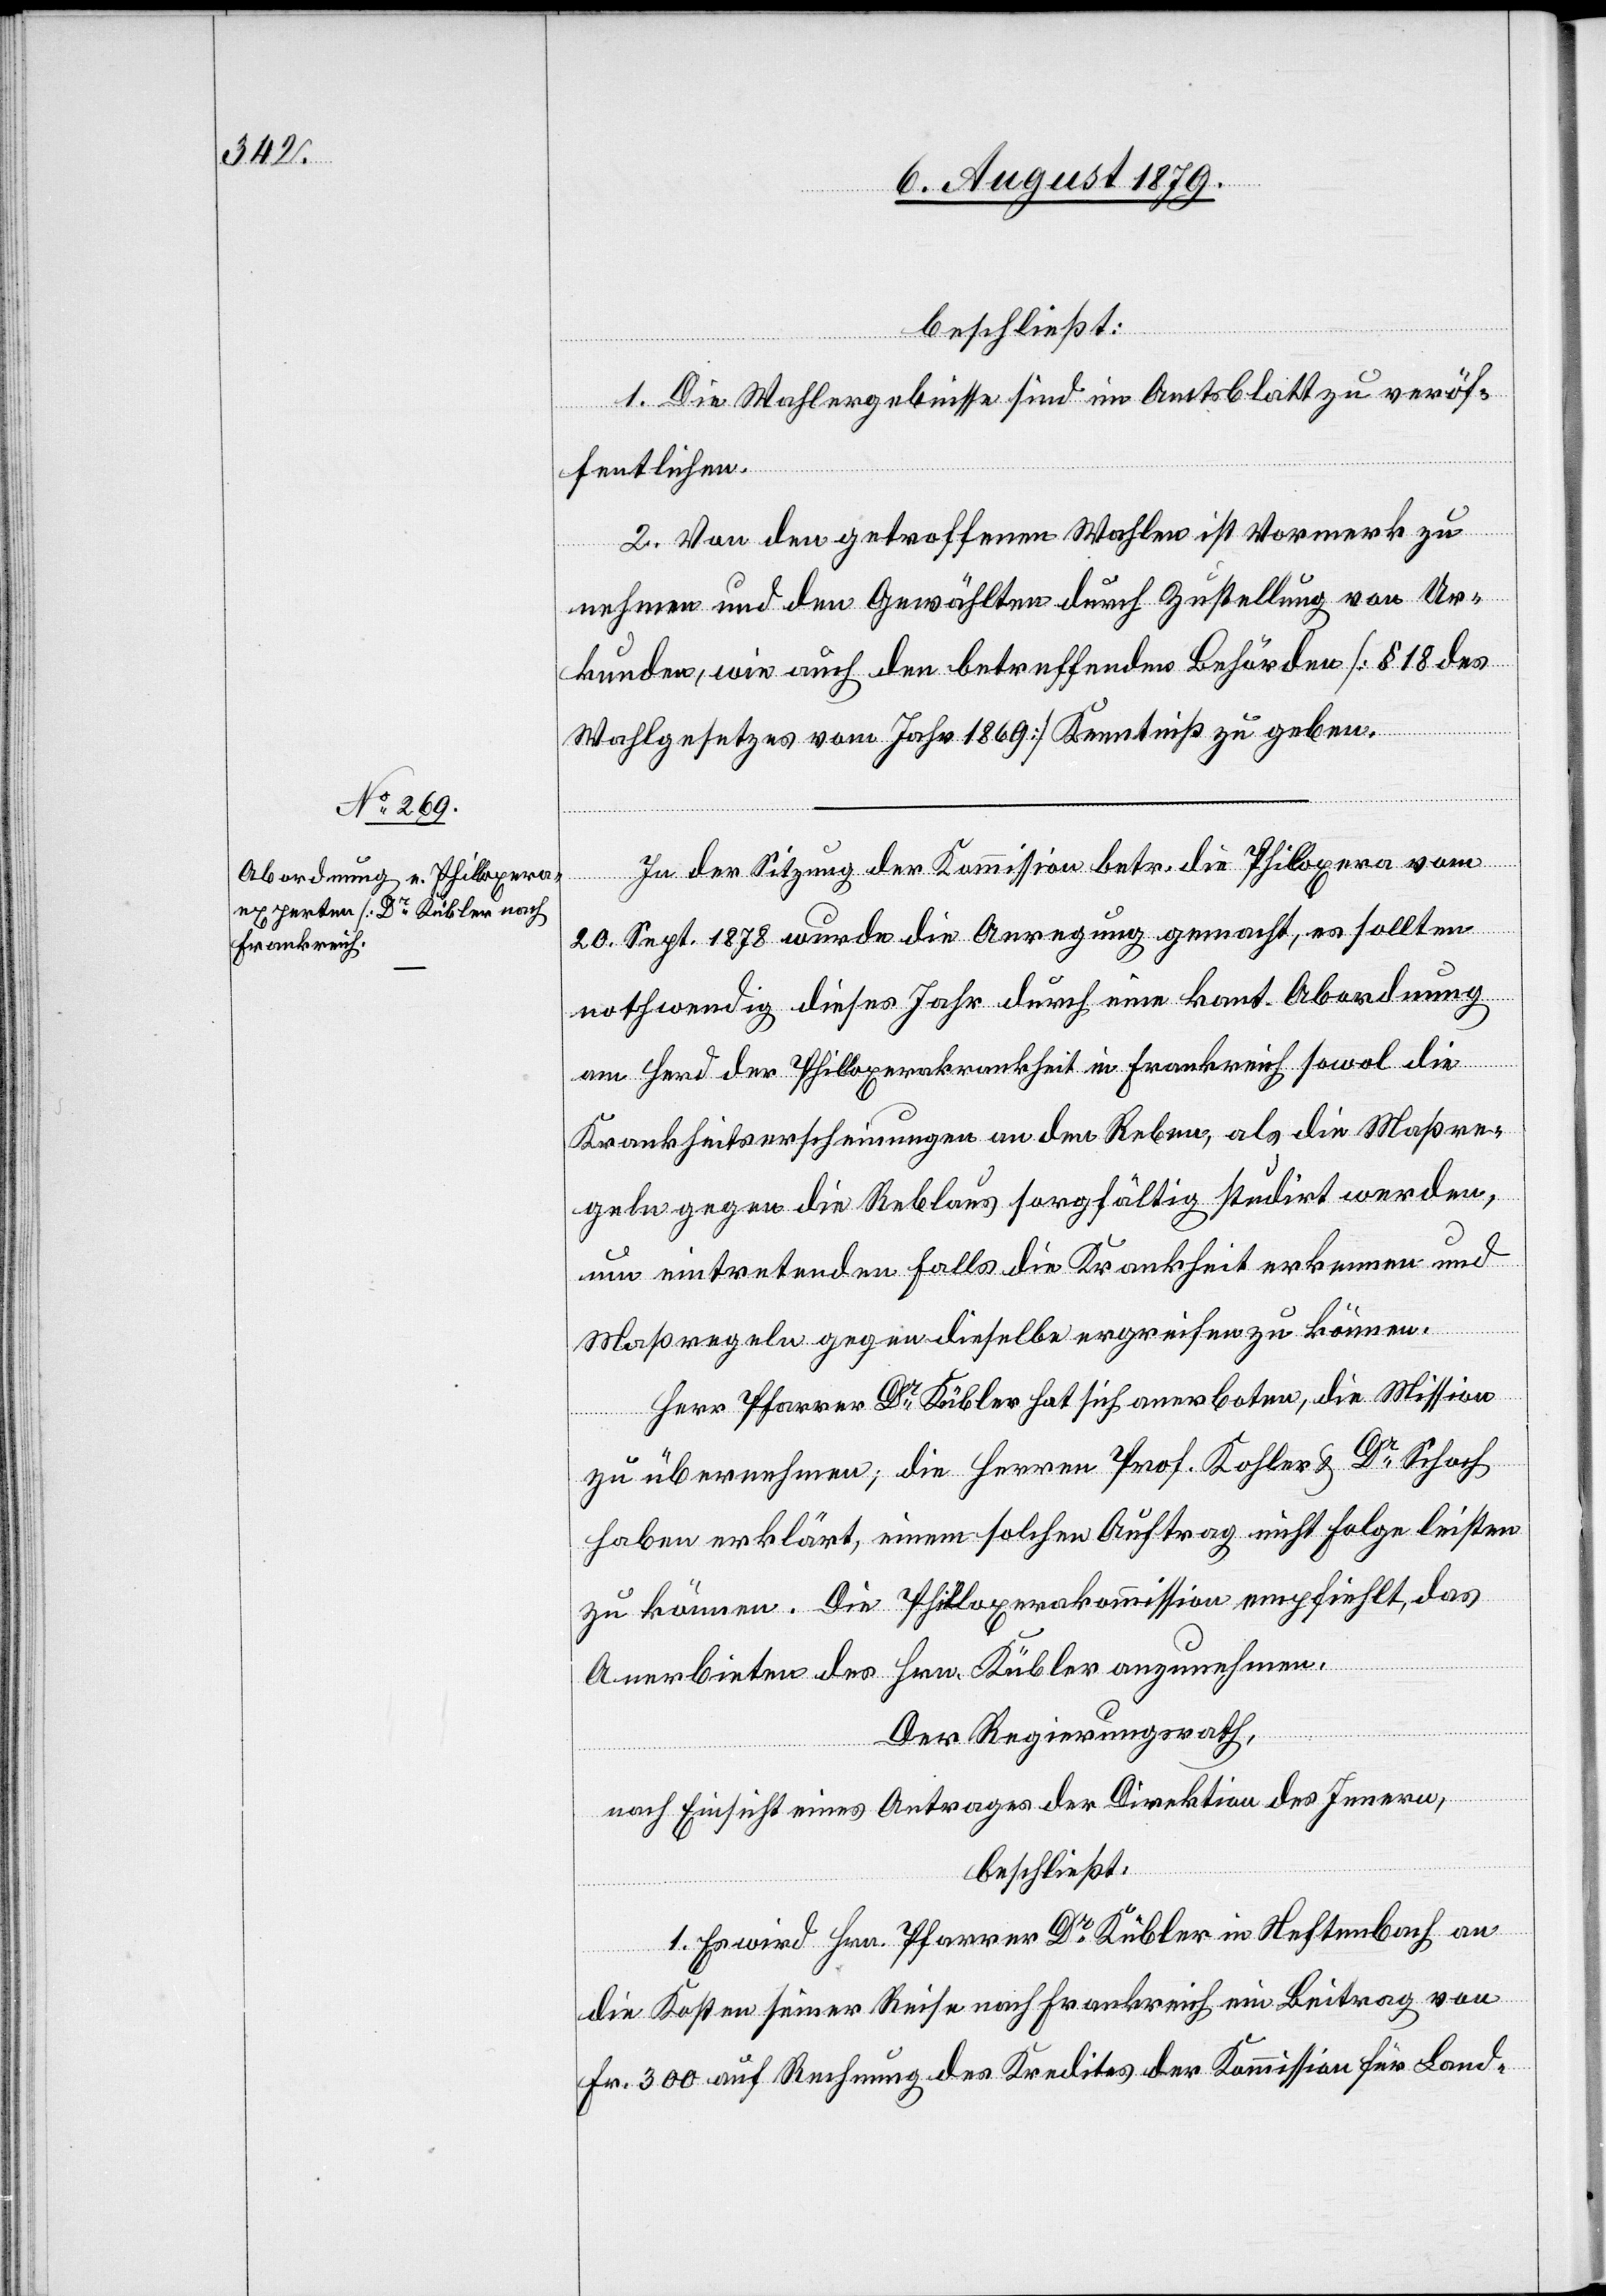
beschließt:
1. Die Wahlergebnisse sind im Amtsblatt zu veröf¬
fentlichen.
2. Von den getroffenen Wahlen ist Vormerk zu
nehmen und den Gewählten durch Zustellung von Ur¬
kunden, wie auch den betreffenden Behörden [§ 18 des
Wahlgesetzes vom Jahr 1869] Kenntniß zu geben.
In der Sitzung der Kommission betr. die Philoxera vom
20. Sept. 1878 wurde die Anregung gemacht, es sollten
nothwendig dieses Jahres durch eine kant. Abordnung
an Hand der Philoxerakrankheit in Frankreich sowol die
Krankheitserscheinungen an den Reben, als die Maßre¬
geln gegen die Reblaus sorgfältig studirt werden,
um eintretenden Falls die Krankheit erkennen und
Maßregeln gegen dieselbe ergreifen zu können.
Herr Pfarrer Dr Kübler hat sich anerboten, die Mission
zu übernehmen, die Herren Prof. Kohler & Dr Schoch
haben erklärt, einem solchen Auftrag nicht Folge leisten
zu können. Die Philoxerakommission empfiehlt, das
Anerbieten des Hrn. Kübler anzunehmen.
Der Regierungsrath,
nach Einsicht eines Antrages der Direktion des Innern,
beschließt:
1. Es wird Hrn. Pfarrer Dr Kübler in Neftenbach an
die Kosten seiner Reise nach Frankreich ein Beitrag von
Fr. 300 auf Rechnung des Kredites der Kommission für Land-